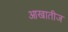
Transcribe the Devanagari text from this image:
आखातीज